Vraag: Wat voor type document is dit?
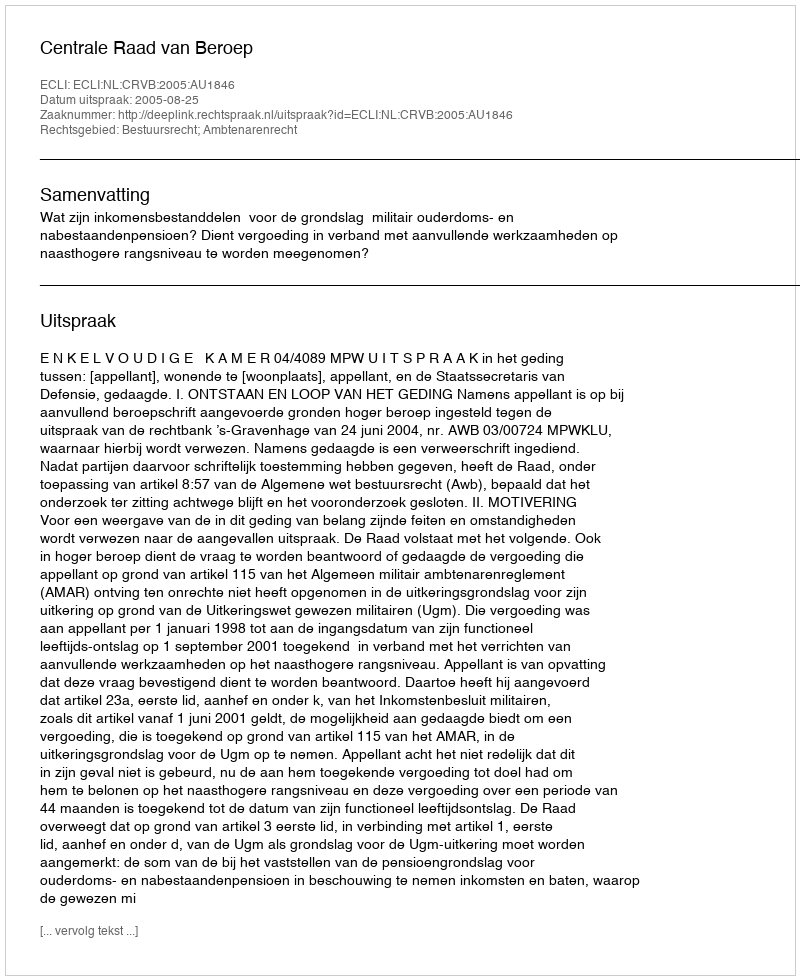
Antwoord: Uitspraak